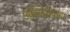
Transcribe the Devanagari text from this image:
अल्जिरीयाचा